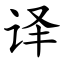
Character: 译